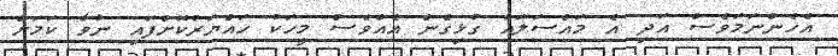
އެހެންނަމަވެސް އަދި އެ މައްސަލައާ ގުޅިގެން އެއްވެސް މީހަކު ހައްޔަރުކޮށްފައި ނުވާ ކަމަށް